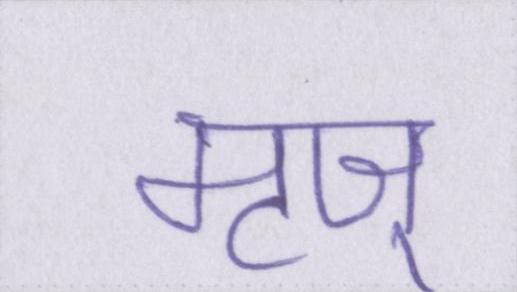
मृज्